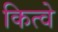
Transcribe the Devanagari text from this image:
कित्वे